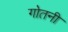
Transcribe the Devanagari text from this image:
गोतनी